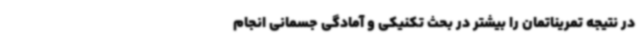
در نتیجه تمریناتمان را بیشتر در بحث تکنیکی و آمادگی جسمانی انجام